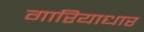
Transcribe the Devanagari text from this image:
गारियाधार